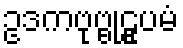
ဥဒကဗုဗ္ဗုဠူပမံ